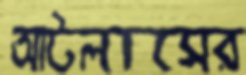
আটলাসের